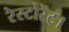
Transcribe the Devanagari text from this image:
रेस्टोरेंट।